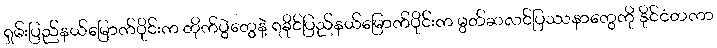
ရှမ်းပြည်နယ်မြောက်ပိုင်းက တိုက်ပွဲတွေနဲ့ ရခိုင်ပြည်နယ်မြောက်ပိုင်းက မွတ်ဆလင်ပြဿနာတွေကို နိုင်ငံတကာ